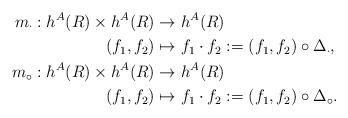
LaTeX: \begin{align*}m_{\cdot}: h^A(R)\times h^A(R) &\to h^A(R)\\ (f_1,f_2) &\mapsto f_1\cdot f_2 := (f_1,f_2)\circ \Delta_\cdot,\\ m_{\circ}: h^A(R)\times h^A(R) &\to h^A(R)\\ (f_1,f_2) &\mapsto f_1\cdot f_2 := (f_1,f_2)\circ \Delta_\circ.\end{align*}